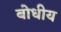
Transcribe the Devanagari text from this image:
बोधीय